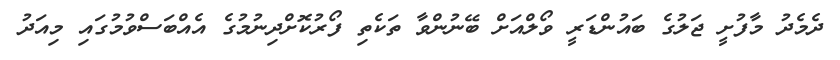
ދެމެދު މާފުށީ ޖަލުގެ ބައުންޑަރީ ވޯލްއަށް ބޭނުންވާ ތަކެތި ފޯރުކޮށްދިނުމުގެ އެއްބަސްވުމުގައި މިއަދު